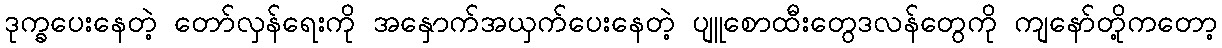
ဒုက္ခပေးနေတဲ့ တော်လှန်ရေးကို အနှောက်အယှက်ပေးနေတဲ့ ပျူစောထီးတွေဒလန်တွေကို ကျနော်တို့ကတော့